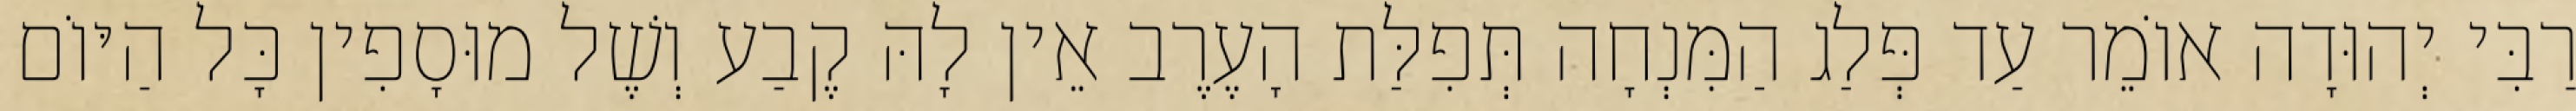
רַבִּי יְהוּדָה אוֹמֵר עַד פְּלַג הַמִּנְחָה תְּפִלַּת הָעֶרֶב אֵין לָהּ קֶבַע וְשֶׁל מוּסָפִין כָּל הַיּוֹם